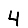
Digit: 4